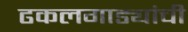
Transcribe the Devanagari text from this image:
ढकलगाड्यांची